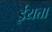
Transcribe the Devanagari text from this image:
ईयत्ता